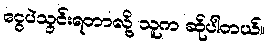
ငွေပဲသွင်းရတာလို့ သူက ဆိုပါတယ်။